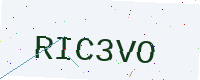
Text: RIC3VO